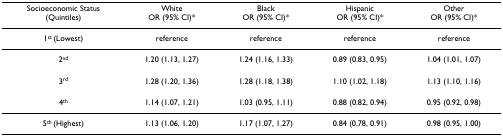
| Socioeconomic Status(Quintiles) | WhiteOR (95% CI)* | BlackOR (95% CI)* | HispanicOR (95% CI)* | OtherOR (95% CI)* |
 | --- | --- | --- | --- | --- |
 | 1st (Lowest) | reference | reference | reference | reference |
 | 2nd | 1.20 (1.13, 1.27) | 1.24 (1.16, 1.33) | 0.89 (0.83, 0.95) | 1.04 (1.01, 1.07) |
 | 3rd | 1.28 (1.20, 1.36) | 1.28 (1.18, 1.38) | 1.10 (1.02, 1.18) | 1.13 (1.10, 1.16) |
 | 4th | 1.14 (1.07, 1.21) | 1.03 (0.95, 1.11) | 0.88 (0.82, 0.94) | 0.95 (0.92, 0.98) |
 | 5th (Highest) | 1.13 (1.06, 1.20) | 1.17 (1.07, 1.27) | 0.84 (0.78, 0.91) | 0.98 (0.95, 1.00) |